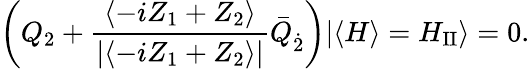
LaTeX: \left(Q_{2}+\frac{\langle-iZ_{1}+Z_{2}\rangle}{|\langle-iZ_{1}+Z_{2}\rangle|}\bar{Q}_{\dot{2}}\right)|\langle H\rangle=H_{\mathrm{II}}\rangle=0.